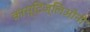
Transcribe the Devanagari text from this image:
कास्टिज्लिओनी